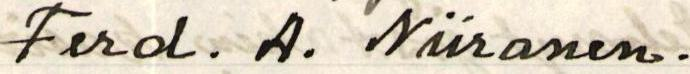
Ferd. A. Niiranen.